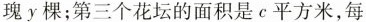
瑰y棵；第三个花坛的面积是c平方米，每